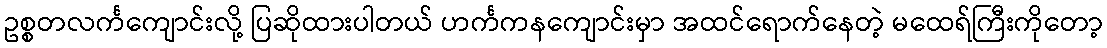
ဥစ္စတလင်္ကကျောင်းလို့ ပြဆိုထားပါတယ် ဟင်္ကကနကျောင်းမှာ အထင်ရောက်နေတဲ့ မထေရ်ကြီးကိုတော့